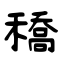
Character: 穚